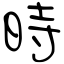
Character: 時